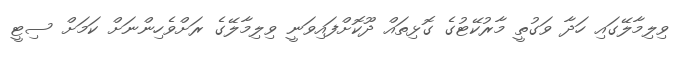
ވިލިމާލޭގައި ހަދާ ވަގުތީ މާރުކޭޓުގެ ގޮޅިތައް ދޫކޮށްފައިވަނީ ވިލިމާލޭގެ ރަށްވެހިންނަށް ކަމަށް ސިޓީ